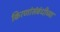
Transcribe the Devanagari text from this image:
किरणांसंबंधीच्या